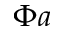
\Phi \boldsymbol { a }